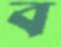
ব